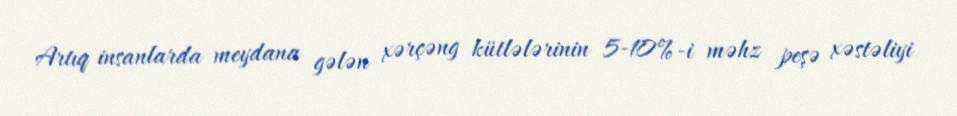
Artıq insanlarda meydana gələn xərçəng kütlələrinin 5-10%-i məhz peşə xəstəliyi